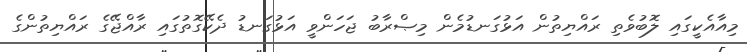
މިއާއެކީގައި ލޮބުވެތި ރައްޔިތުން އަޅުގަނޑުމެން މިޞްރާބު ޖަހަންވީ އަޅުގަނޑު ދެކޭގޮތުގައި ރާއްޖޭގެ ރައްޔިތުންގެ